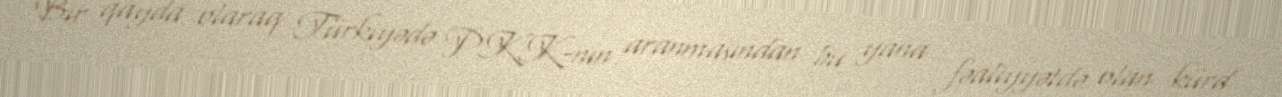
Bir qayda olaraq Türkiyədə PKK-nın aranmasından bu yana fəaliyyətdə olan kürd